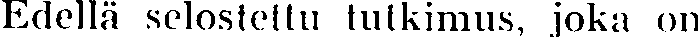
Edellä selostettu tutkimus, joka on